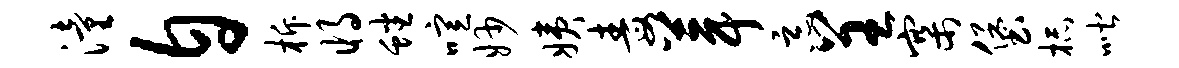
潼自柝将蟠喧妙姨毒葺恶呈寨堡杯喈